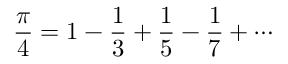
{ \frac { \pi } { 4 } } = 1 - { \frac { 1 } { 3 } } + { \frac { 1 } { 5 } } - { \frac { 1 } { 7 } } + \cdots